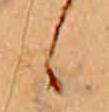
ゝ